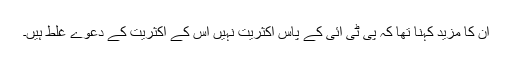
ان کا مزید کہنا تھا کہ پی ٹی آئی کے پاس اکثریت نہیں اس کے اکثریت کے دعوے غلط ہیں۔